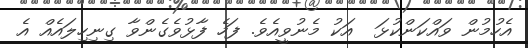
އެހުމުން ވައްކަންކުޅަ  އަކު މެނުވީއެވެ. ފަހެ ފާޅުވެގެންވާ ގިނިހިލައެއް އެ